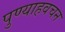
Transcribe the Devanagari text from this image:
पुण्याहवचन